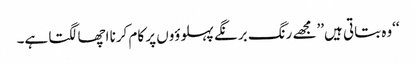
‘‘وہ بتاتی ہیں’’مجھے رنگ برنگے پہلوؤوں پر کام کرنا اچھا لگتا ہے۔